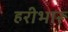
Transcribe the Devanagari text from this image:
हरीभारू